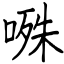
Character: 𭉝